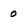
Character: 0